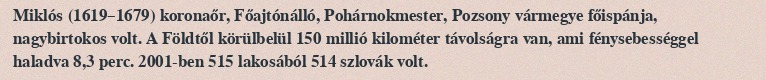
Miklós (1619–1679) koronaőr, Főajtónálló, Pohárnokmester, Pozsony vármegye főispánja, nagybirtokos volt. A Földtől körülbelül 150 millió  kilométer távolságra van, ami fénysebességgel haladva 8,3 perc. 2001-ben 515 lakosából 514 szlovák volt.